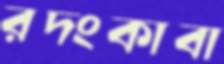
রদংকাবা